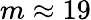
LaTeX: m\approx 19